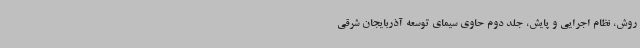
روش‌، نظام اجرایی و پایش، جلد دوم حاوی سیمای توسعه آذربایجان شرقی